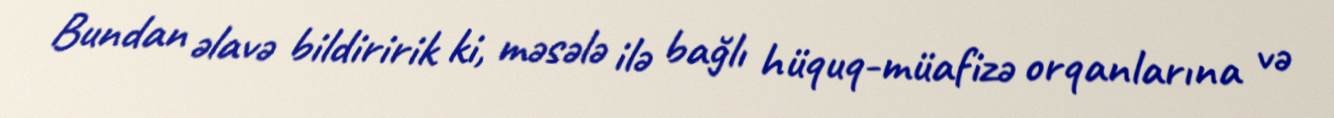
Bundan əlavə bildiririk ki, məsələ ilə bağlı hüquq-müafizə orqanlarına və